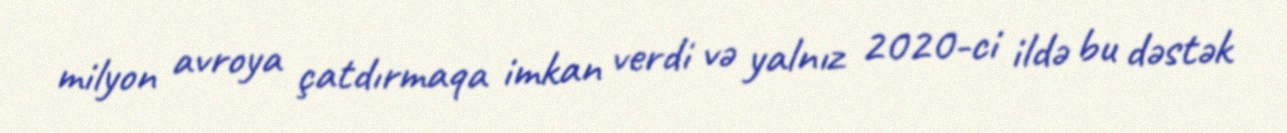
milyon avroya çatdırmaqa imkan verdi və yalnız 2020-ci ildə bu dəstək